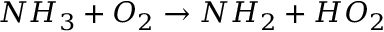
N H _ { 3 } + O _ { 2 } \rightarrow N H _ { 2 } + H O _ { 2 }